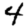
Digit: 4